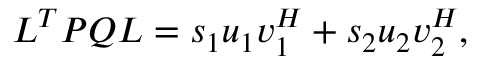
\boldsymbol { L } ^ { T } \boldsymbol { P } \boldsymbol { Q } \boldsymbol { L } = s _ { 1 } \boldsymbol { u } _ { 1 } \boldsymbol { v } _ { 1 } ^ { H } + s _ { 2 } \boldsymbol { u } _ { 2 } \boldsymbol { v } _ { 2 } ^ { H } ,